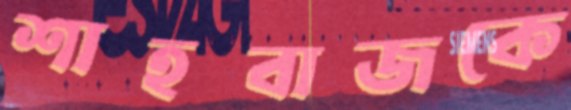
শাহবাজকে